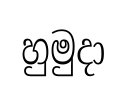
හුමුදා